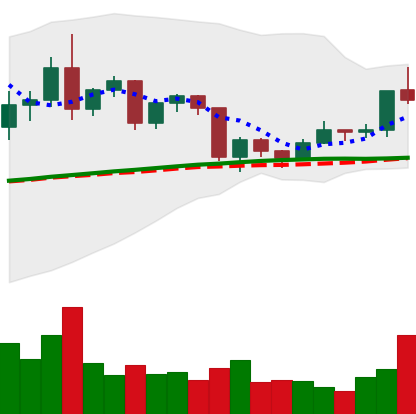
Ticker: TRX-USD
Chart end date: 2020-12-17
Forward return: -5.907%
Label: down_5_7